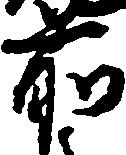
前